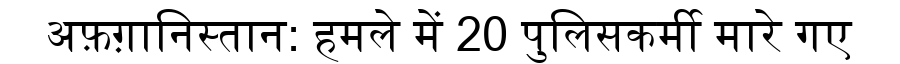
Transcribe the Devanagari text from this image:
अफ़ग़ानिस्तान: हमले में 20 पुलिसकर्मी मारे गए